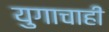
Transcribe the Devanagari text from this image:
युगाचाही